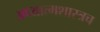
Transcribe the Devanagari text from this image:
अध्यात्मशास्त्रच